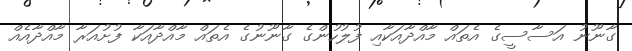
ގާނޫނު އަސާސީގެ އެތައް މާއްދާއަކާއި ފުލުހުންގެ ގާނޫނުގެ އެތައް މާއްދާއަކާ ފުށުއަރާ މާއްދާއެއް